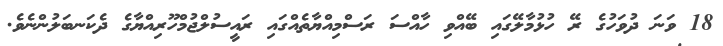
18 ވަނަ ދުވަހުގެ ރޭ ހުޅުމާލޭގައި ބޭއްވި ހާއްސަ ރަސްމިއްޔާތެއްގައި ރައީސުލްޖުމްހޫރިއްޔާގެ ދެކަނބަލުންނެވެ.